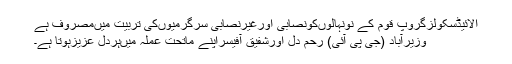
الائیڈسکولزگروپ قوم کے نونہالوںکونصابی اورغیرنصابی سرگرمیوںکی تربیت میںمصروف ہے
وزیرآباد (جی پی آئی) رحم دل اورشفیق آفیسراپنے ماتحت عملہ میںہردل عزیزہوتا ہے۔